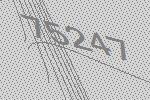
75247